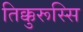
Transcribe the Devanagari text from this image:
तिक्कुरूस्सि